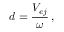
\ d = { \frac { V _ { e j } } { \omega } } \, ,